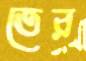
তের